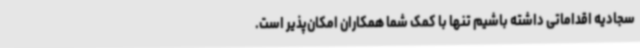
سجادیه اقداماتی داشته باشیم تنها با کمک شما همکاران امکان‌پذیر است.